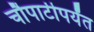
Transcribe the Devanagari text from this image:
चौपाटीपर्यंत